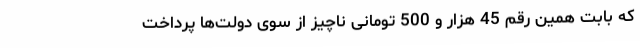
که بابت همین رقم 45 هزار و 500 تومانی ناچیز از سوی دولت‌ها پرداخت